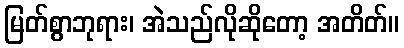
မြတ်စွာဘုရား၊ အဲသည်လိုဆိုတော့ အတိတ်။